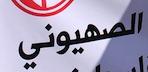
الصهيوني